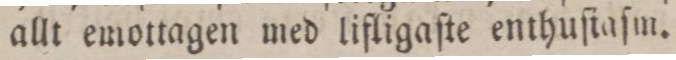
allt emottagen med lifligaſte enthuſiaſm.